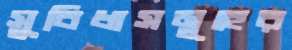
সুবিধাসমূহের